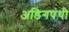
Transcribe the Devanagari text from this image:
अडिगपंथी